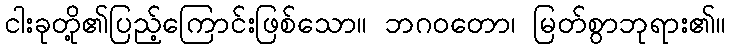
ငါးခုတို့၏ပြည့်ကြောင်းဖြစ်သော။ ဘဂဝတော၊ မြတ်စွာဘုရား၏။